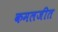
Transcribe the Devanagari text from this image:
कमलजीत